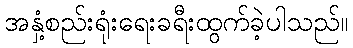
အနှံ့စည်းရုံးရေးခရီးထွက်ခဲ့ပါသည်။